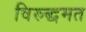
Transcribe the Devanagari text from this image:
विरुद्धमत